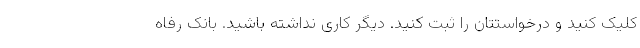
کلیک کنید و درخواستتان را ثبت کنید. دیگر کاری نداشته باشید. بانک رفاه